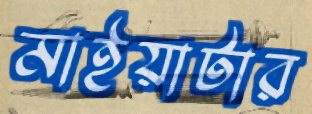
মাইয়াটার